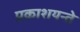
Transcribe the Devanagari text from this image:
प्रकाशयन्ते